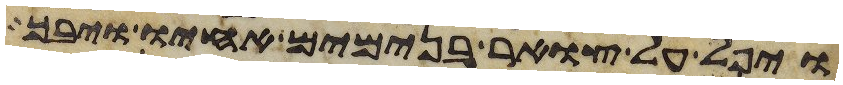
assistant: ויפל על צואר בנימים אחיו ויבך